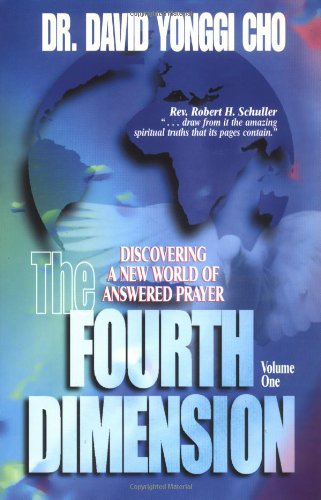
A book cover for The Fourth Dimension; David Yonggi Cho; Christian Books & Bibles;